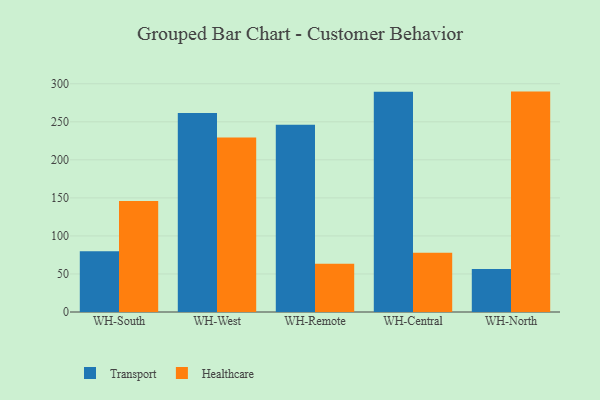
{"axis": {"x": "Warehouse", "y": "Demand Index"}, "legend": ["Healthcare", "Transport"], "data": [{"x": "WH-South", "y": 80.0, "type": "Transport"}, {"x": "WH-South", "y": 146.0, "type": "Healthcare"}, {"x": "WH-West", "y": 261.6, "type": "Transport"}, {"x": "WH-West", "y": 229.4, "type": "Healthcare"}, {"x": "WH-Remote", "y": 246.0, "type": "Transport"}, {"x": "WH-Remote", "y": 63.5, "type": "Healthcare"}, {"x": "WH-Central", "y": 289.6, "type": "Transport"}, {"x": "WH-Central", "y": 77.8, "type": "Healthcare"}, {"x": "WH-North", "y": 56.6, "type": "Transport"}, {"x": "WH-North", "y": 289.7, "type": "Healthcare"}]}